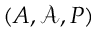
( A , { \mathcal { A } } , P )